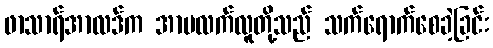
ဖာသာရ်အာလဒ်က အာမလက်လူတို့သည် သက်ရောက်စေခဲ့ခြင်း